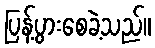
ပြန့်ပွားစေခဲ့သည်။